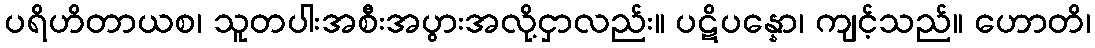
ပရိဟိတာယစ၊ သူတပါးအစီးအပွားအလို့ငှာလည်း။ ပဋိပန္နော၊ ကျင့်သည်။ ဟောတိ၊